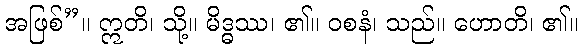
အဖြစ်”။ ဣတိ၊ သို့။ မိဒ္ဓဿ၊ ၏။ ဝစနံ၊ သည်။ ဟောတိ၊ ၏။